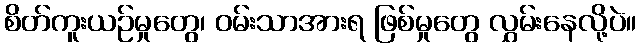
စိတ်ကူးယဉ်မှုတွေ၊ ဝမ်းသာအားရ ဖြစ်မှုတွေ လွှမ်းနေလို့ပဲ။